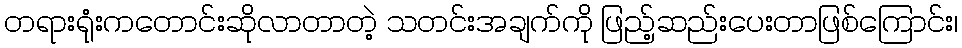
တရားရုံးကတောင်းဆိုလာတာတဲ့ သတင်းအချက်ကို ဖြည့်ဆည်းပေးတာဖြစ်ကြောင်း၊